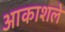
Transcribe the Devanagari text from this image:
आकाशले